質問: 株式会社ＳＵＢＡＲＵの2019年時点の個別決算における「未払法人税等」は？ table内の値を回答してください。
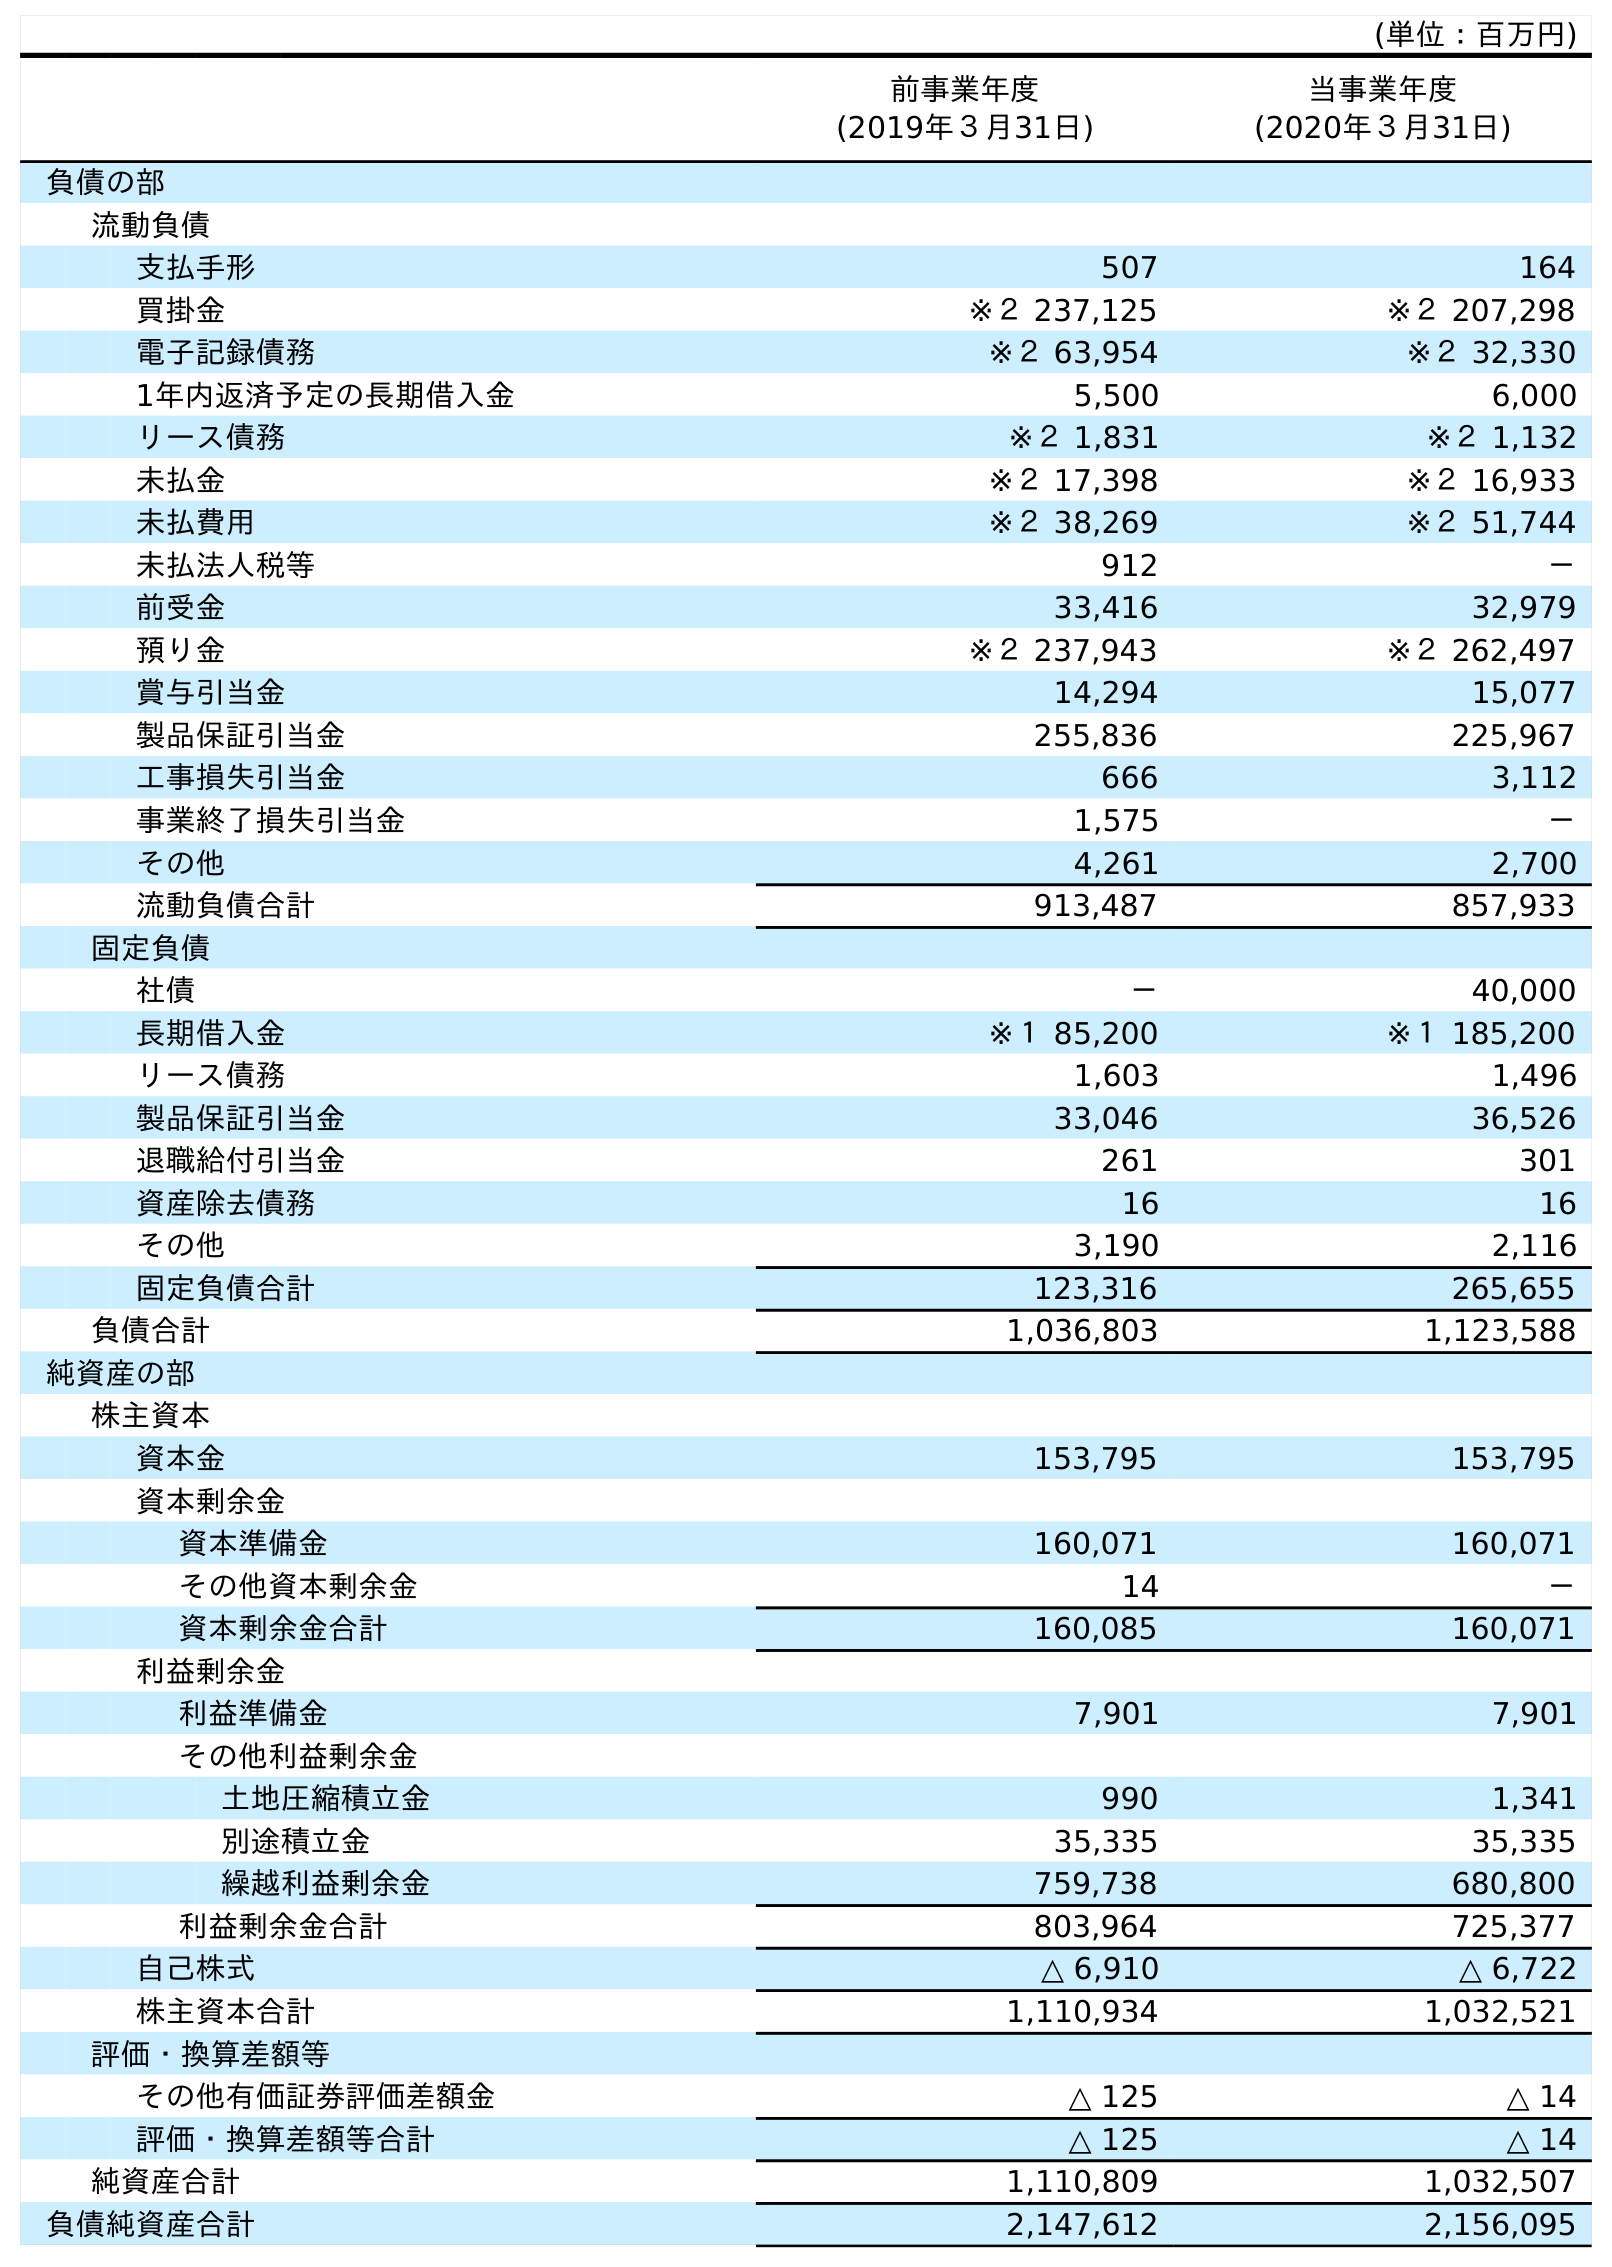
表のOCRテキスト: (単位：百万円) 前事業年度 (2019年３月31日) 当事業年度 (2020年３月31日) 負債の部 流動負債 支払手形 507 164 買掛金 ※２ 237,125 ※２ 207,298 電子記録債務 ※２ 63,954 ※２ 32,330 1年内返済予定の長期借入金 5,500 6,000 リース債務 ※２ 1,831 ※２ 1,132 未払金 ※２ 17,398 ※２ 16,933 未払費用 ※２ 38,269 ※２ 51,744 未払法人税等 912 － 前受金 33,416 32,979 預り金 ※２ 237,943 ※２ 262,497 賞与引当金 14,294 15,077 製品保証引当金 255,836 225,967 工事損失引当金 666 3,112 事業終了損失引当金 1,575 － その他 4,261 2,700 流動負債合計 913,487 857,933 固定負債 社債 － 40,000 長期借入金 ※１ 85,200 ※１ 185,200 リース債務 1,603 1,496 製品保証引当金 33,046 36,526 退職給付引当金 261 301 資産除去債務 16 16 その他 3,190 2,116 固定負債合計 123,316 265,655 負債合計 1,036,803 1,123,588 純資産の部 株主資本 資本金 153,795 153,795 資本剰余金 資本準備金 160,071 160,071 その他資本剰余金 14 － 資本剰余金合計 160,085 160,071 利益剰余金 利益準備金 7,901 7,901 その他利益剰余金 土地圧縮積立金 990 1,341 別途積立金 35,335 35,335 繰越利益剰余金 759,738 680,800 利益剰余金合計 803,964 725,377 自己株式 △ 6,910 △ 6,722 株主資本合計 1,110,934 1,032,521 評価・換算差額等 その他有価証券評価差額金 △ 125 △ 14 評価・換算差額等合計 △ 125 △ 14 純資産合計 1,110,809 1,032,507 負債純資産合計 2,147,612 2,156,095
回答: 912